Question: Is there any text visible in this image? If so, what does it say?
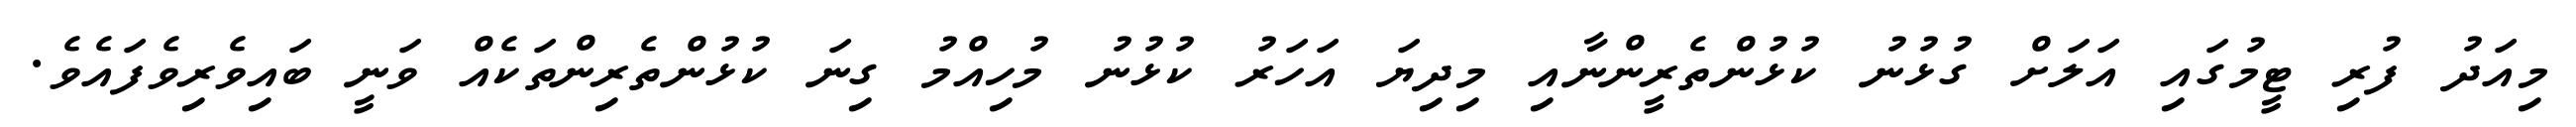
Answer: މިއަދު ފުރި ޓީމުގައި އަލަށް ގުޅުނު ކުޅުންތެރީންނާއި މިދިޔަ އަހަރު ކުޅުނު މުހިއްމު ގިނަ ކުޅުންތެރިންތަކެއް ވަނީ ބައިވެރިވެފައެވެ.